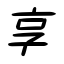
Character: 享